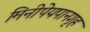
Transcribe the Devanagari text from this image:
मिनीपेयपानगृह